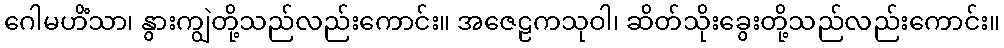
ဂေါမဟိံသာ၊ နွားကျွဲတို့သည်လည်းကောင်း။ အဇေဠကသုဝါ၊ ဆိတ်သိုးခွေးတို့သည်လည်းကောင်း။